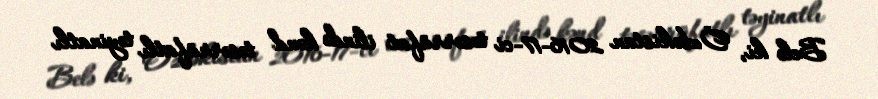
Belə ki, Özbəkistan 2016-17-ci təsərrüfat ilində kənd təsərrüfatlı təyinatlı